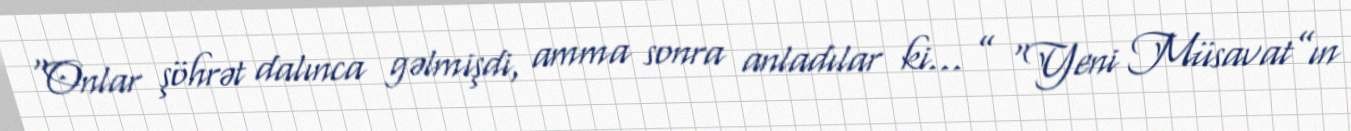
“Onlar şöhrət dalınca gəlmişdi, amma sonra anladılar ki... ” “Yeni Müsavat”ın